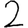
Digit: 2